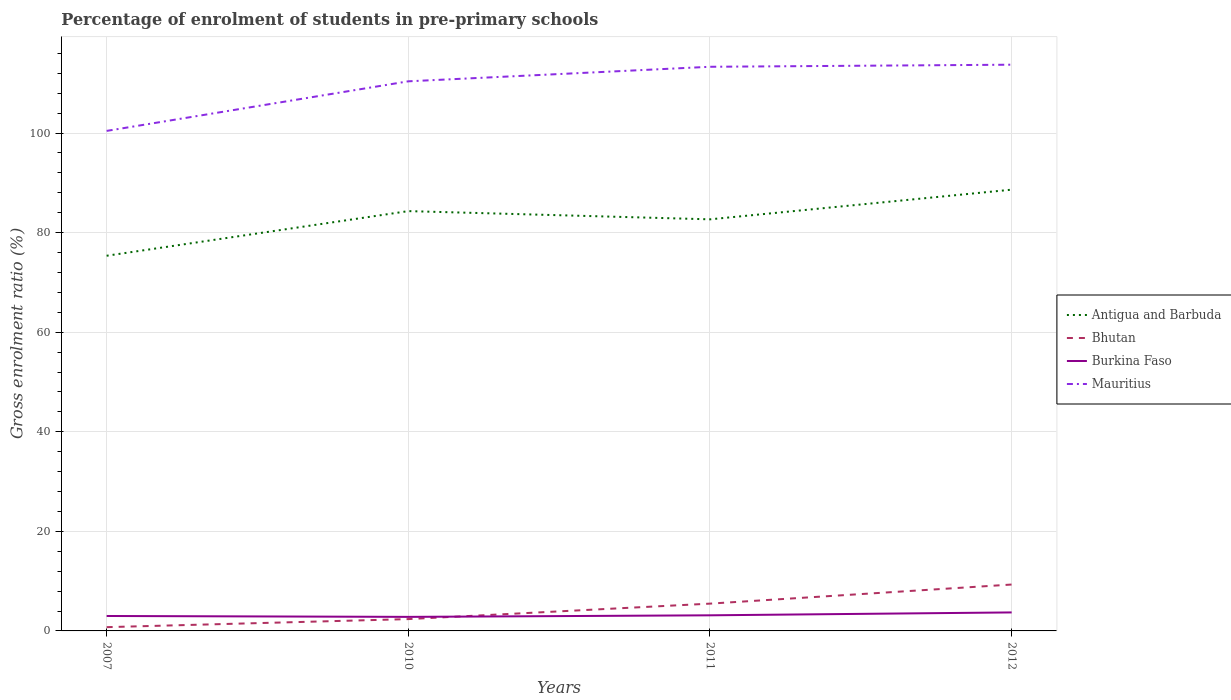
| Years | Antigua and Barbuda | Bhutan | Burkina Faso | Mauritius |
 | --- | --- | --- | --- | --- |
 | 2007 | 75.4 | 0.756 | 3 | 100 |
 | 2010 | 84.3 | 2.37 | 2.82 | 110 |
 | 2011 | 82.7 | 5.48 | 3.14 | 113 |
 | 2012 | 88.6 | 9.32 | 3.72 | 114 |